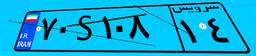
۱۹S۱۱۷۳۱